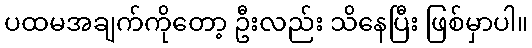
ပထမအချက်ကိုတော့ ဦးလည်း သိနေပြီး ဖြစ်မှာပါ။